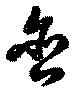
含